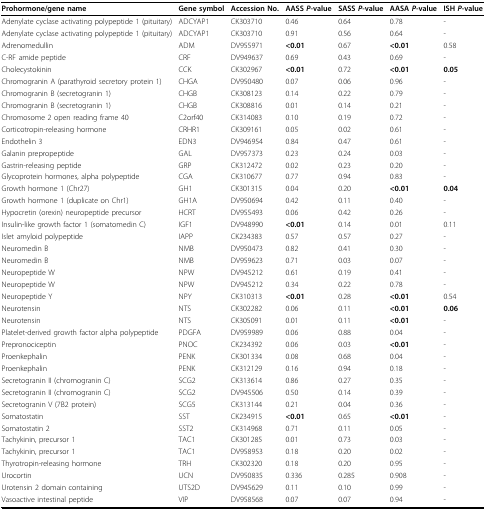
<table><thead><tr><td><b>Prohormone/gene name</b></td><td><b>Gene symbol</b></td><td><b>Accession No.</b></td><td><b>AASS <i>P</i>-value</b></td><td><b>SASS <i>P</i>-value</b></td><td><b>AASA <i>P</i>-value</b></td><td><b>ISH <i>P</i>-value</b></td></tr></thead><tbody><tr><td>Adenylate cyclase activating polypeptide 1 (pituitary)</td><td>ADCYAP1</td><td>CK303710</td><td>0.46</td><td>0.64</td><td>0.78</td><td>-</td></tr><tr><td>Adenylate cyclase activating polypeptide 1 (pituitary)</td><td>ADCYAP1</td><td>CK303710</td><td>0.91</td><td>0.56</td><td>0.64</td><td>-</td></tr><tr><td>Adrenomedullin</td><td>ADM</td><td>DV955971</td><td><b>&lt;0.01</b></td><td>0.67</td><td><b>&lt;0.01</b></td><td>0.58</td></tr><tr><td>C-RF amide peptide</td><td>CRF</td><td>DV949637</td><td>0.69</td><td>0.43</td><td>0.69</td><td>-</td></tr><tr><td>Cholecystokinin</td><td>CCK</td><td>CK302967</td><td><b>&lt;0.01</b></td><td>0.72</td><td><b>&lt;0.01</b></td><td><b>0.05</b></td></tr><tr><td>Chromogranin A (parathyroid secretory protein 1)</td><td>CHGA</td><td>DV950480</td><td>0.07</td><td>0.06</td><td>0.96</td><td>-</td></tr><tr><td>Chromogranin B (secretogranin 1)</td><td>CHGB</td><td>CK308123</td><td>0.14</td><td>0.22</td><td>0.79</td><td>-</td></tr><tr><td>Chromogranin B (secretogranin 1)</td><td>CHGB</td><td>CK308816</td><td>0.01</td><td>0.14</td><td>0.21</td><td>-</td></tr><tr><td>Chromosome 2 open reading frame 40</td><td>C2orf40</td><td>CK314083</td><td>0.10</td><td>0.19</td><td>0.72</td><td>-</td></tr><tr><td>Corticotropin-releasing hormone</td><td>CRHR1</td><td>CK309161</td><td>0.05</td><td>0.02</td><td>0.61</td><td>-</td></tr><tr><td>Endothelin 3</td><td>EDN3</td><td>DV946954</td><td>0.84</td><td>0.47</td><td>0.61</td><td>-</td></tr><tr><td>Galanin prepropeptide</td><td>GAL</td><td>DV957373</td><td>0.23</td><td>0.24</td><td>0.03</td><td>-</td></tr><tr><td>Gastrin-releasing peptide</td><td>GRP</td><td>CK312472</td><td>0.02</td><td>0.23</td><td>0.20</td><td>-</td></tr><tr><td>Glycoprotein hormones, alpha polypeptide</td><td>CGA</td><td>CK310677</td><td>0.77</td><td>0.94</td><td>0.83</td><td>-</td></tr><tr><td>Growth hormone 1 (Chr27)</td><td>GH1</td><td>CK301315</td><td>0.04</td><td>0.20</td><td><b>&lt;0.01</b></td><td><b>0.04</b></td></tr><tr><td>Growth hormone 1 (duplicate on Chr1)</td><td>GH1A</td><td>DV950694</td><td>0.42</td><td>0.11</td><td>0.40</td><td>-</td></tr><tr><td>Hypocretin (orexin) neuropeptide precursor</td><td>HCRT</td><td>DV955493</td><td>0.06</td><td>0.42</td><td>0.26</td><td>-</td></tr><tr><td>Insulin-like growth factor 1 (somatomedin C)</td><td>IGF1</td><td>DV948990</td><td><b>&lt;0.01</b></td><td>0.14</td><td>0.01</td><td>0.11</td></tr><tr><td>Islet amyloid polypeptide</td><td>IAPP</td><td>CK234383</td><td>0.57</td><td>0.57</td><td>0.27</td><td>-</td></tr><tr><td>Neuromedin B</td><td>NMB</td><td>DV950473</td><td>0.82</td><td>0.41</td><td>0.30</td><td>-</td></tr><tr><td>Neuromedin B</td><td>NMB</td><td>DV959623</td><td>0.71</td><td>0.03</td><td>0.07</td><td>-</td></tr><tr><td>Neuropeptide W</td><td>NPW</td><td>DV945212</td><td>0.61</td><td>0.19</td><td>0.41</td><td>-</td></tr><tr><td>Neuropeptide W</td><td>NPW</td><td>DV945212</td><td>0.34</td><td>0.22</td><td>0.78</td><td>-</td></tr><tr><td>Neuropeptide Y</td><td>NPY</td><td>CK310313</td><td><b>&lt;0.01</b></td><td>0.28</td><td><b>&lt;0.01</b></td><td>0.54</td></tr><tr><td>Neurotensin</td><td>NTS</td><td>CK302282</td><td>0.06</td><td>0.11</td><td><b>&lt;0.01</b></td><td><b>0.06</b></td></tr><tr><td>Neurotensin</td><td>NTS</td><td>CK305091</td><td>0.01</td><td>0.11</td><td><b>&lt;0.01</b></td><td>-</td></tr><tr><td>Platelet-derived growth factor alpha polypeptide</td><td>PDGFA</td><td>DV959989</td><td>0.06</td><td>0.88</td><td>0.04</td><td>-</td></tr><tr><td>Prepronociceptin</td><td>PNOC</td><td>CK234392</td><td>0.06</td><td>0.03</td><td><b>&lt;0.01</b></td><td>-</td></tr><tr><td>Proenkephalin</td><td>PENK</td><td>CK301334</td><td>0.08</td><td>0.68</td><td>0.04</td><td>-</td></tr><tr><td>Proenkephalin</td><td>PENK</td><td>CK312129</td><td>0.16</td><td>0.94</td><td>0.18</td><td>-</td></tr><tr><td>Secretogranin II (chromogranin C)</td><td>SCG2</td><td>CK313614</td><td>0.86</td><td>0.27</td><td>0.35</td><td>-</td></tr><tr><td>Secretogranin II (chromogranin C)</td><td>SCG2</td><td>DV945506</td><td>0.50</td><td>0.14</td><td>0.39</td><td>-</td></tr><tr><td>Secretogranin V (7B2 protein)</td><td>SCG5</td><td>CK313144</td><td>0.21</td><td>0.04</td><td>0.36</td><td>-</td></tr><tr><td>Somatostatin</td><td>SST</td><td>CK234915</td><td><b>&lt;0.01</b></td><td>0.65</td><td><b>&lt;0.01</b></td><td>-</td></tr><tr><td>Somatostatin 2</td><td>SST2</td><td>CK314968</td><td>0.71</td><td>0.11</td><td>0.05</td><td>-</td></tr><tr><td>Tachykinin, precursor 1</td><td>TAC1</td><td>CK301285</td><td>0.01</td><td>0.73</td><td>0.03</td><td>-</td></tr><tr><td>Tachykinin, precursor 1</td><td>TAC1</td><td>DV958953</td><td>0.18</td><td>0.20</td><td>0.02</td><td>-</td></tr><tr><td>Thyrotropin-releasing hormone</td><td>TRH</td><td>CK302320</td><td>0.18</td><td>0.20</td><td>0.95</td><td>-</td></tr><tr><td>Urocortin</td><td>UCN</td><td>DV950835</td><td>0.336</td><td>0.285</td><td>0.908</td><td>-</td></tr><tr><td>Urotensin 2 domain containing</td><td>UTS2D</td><td>DV945629</td><td>0.11</td><td>0.10</td><td>0.99</td><td>-</td></tr><tr><td>Vasoactive intestinal peptide</td><td>VIP</td><td>DV958568</td><td>0.07</td><td>0.07</td><td>0.94</td><td>-</td></tr></tbody></table>